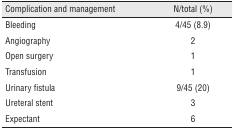
| Complication and management | N/total (%) |
 | --- | --- |
 | Bleeding | 4/45 (8.9) |
 | Angiography | 2 |
 | Open surgery | 1 |
 | Transfusion | 1 |
 | Urinary fistula | 9/45 (20) |
 | Ureteral stent | 3 |
 | Expectant | 6 |